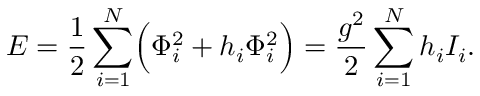
{ \cal E } = { \frac { 1 } { 2 } } \sum _ { i = 1 } ^ { N } \Bigl ( \Phi _ { i } ^ { 2 } + h _ { i } \Phi _ { i } ^ { 2 } \Bigr ) = { \frac { g ^ { 2 } } { 2 } } \sum _ { i = 1 } ^ { N } h _ { i } { \cal I } _ { i } .